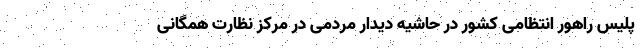
پلیس راهور انتظامی کشور در حاشیه دیدار مردمی در مرکز نظارت همگانی